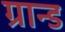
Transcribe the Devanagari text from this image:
ग्रान्ड